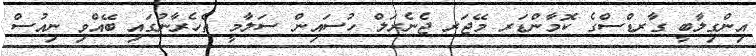
އިންގިލާބީ ގާރޑްސްގެ ކޮމާންޑަރ މޭޖަރ ޖެނެރަލް ހުސައިން ސަލާމީ ތެހެރާނުގައި ބޭއްވި ނިއުސް